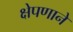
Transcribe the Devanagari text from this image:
क्षेपणाने